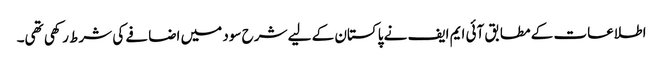
اطلاعات کے مطابق آئی ایم ایف نے پاکستان کے لیے شرح سود میں اضافے کی شرط رکھی تھی۔